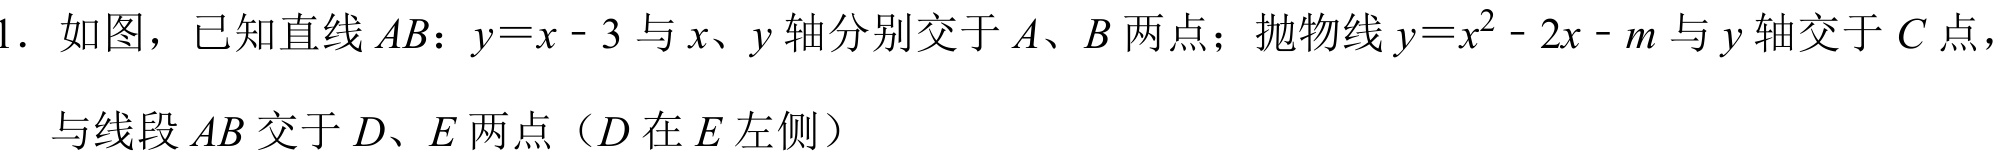
1. 如图，已知直线$AB$：$y = x - 3$与$x、y$轴分别交于$A、B$两点；抛物线$y = x^{2} - 2x - m$与$y$轴交于$C$点，与线段$AB$交于$D、E$两点（$D$在$E$左侧）